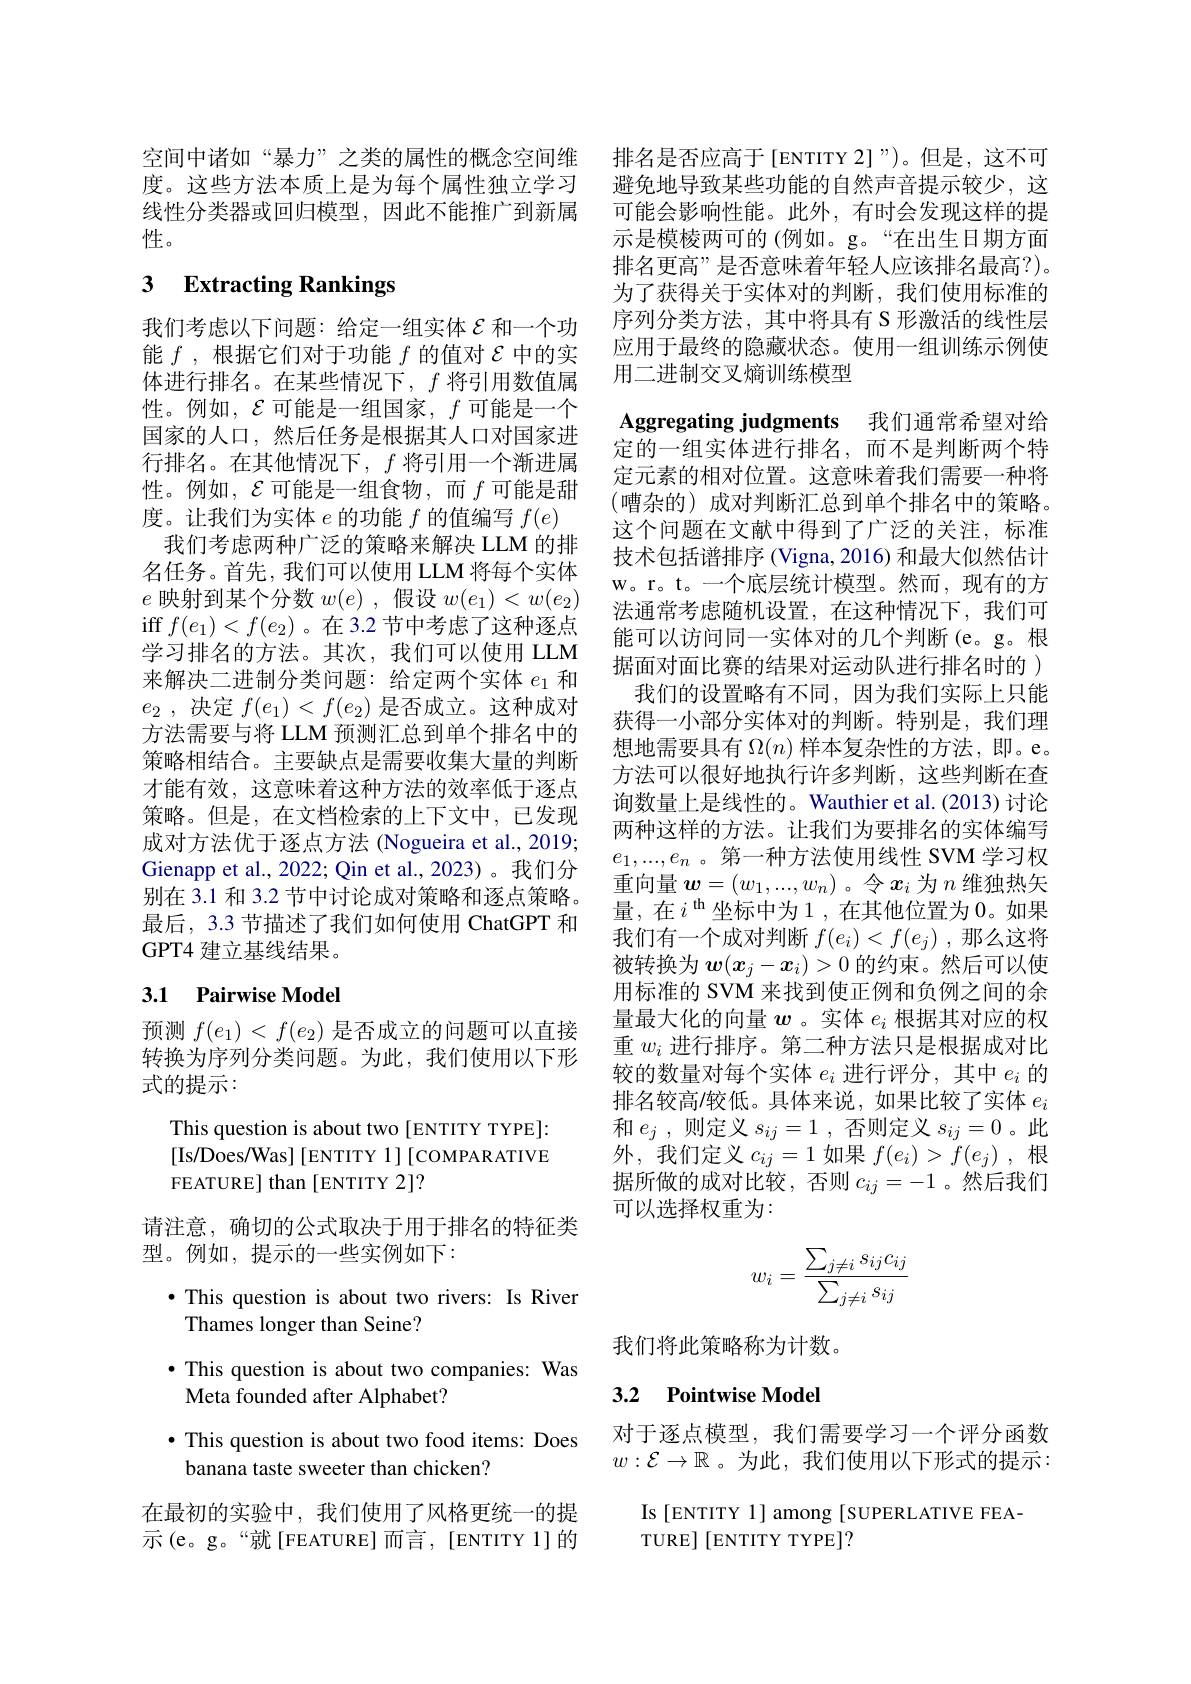
空间中诸如“暴力”之类的属性的概念空间维 排名是否应高于[ENTITY 2]”)。但是，这不可度。这些方法本质上是为每个属性独立学习 避免地导致某些功能的自然声音提示较少，这线性分类器或回归模型，因此不能推广到新属 可能会影响性能。此外，有时会发现这样的提性。

# 3 Extracting Rankings

我们考虑以下问题：给定一组实体$\varepsilon$和一个功能$f$ ,根据它们对于功能$f$的值对$\mathcal{E}$中的实体进行排名。在某些情况下，$f$将引用数值属性。例如，$\mathcal{E}$可能是一组国家，$f$可能是一个国家的人口，然后任务是根据其人口对国家进行排名。在其他情况下，$f$将引用一个渐进属性。例如，$\mathcal{E}$可能是一组食物，而$f$ 可能是甜度。让我们为实体$e$的功能$f$的值编写$f(e)$ 我们考虑两种广泛的策略来解决 LLM 的排名任务。首先，我们可以使用 LLM 将每个实体$e$映射到某个分数$w(e)$,假设$w(e_1)<w(e_2)$ iff $f(e_1)<f(e_2)$ 。在 3.2 节中考虑了这种逐点学习排名的方法。其次，我们可以使用 LLM 来解决二进制分类问题：给定两个实体$e_1$和$e_2$ , 决定 $f( e_1)$ < $f( e_2)$ 是否成立。这种成对方法需要与将 LLM 预测汇总到单个排名中的策略相结合。主要缺点是需要收集大量的判断才能有效，这意味着这种方法的效率低于逐点策略。但是，在文档检索的上下文中，已发现成对方法优于逐点方法 (Nogueira et al., 2019; Gienapp et al., 2022; Qin et al., 2023)。我们分别在 3.1 和 3.2 节中讨论成对策略和逐点策略。最后，3.3 节描述了我们如何使用 ChatGPT 和GPT4 建立基线结果。

## 3.1 Pairwise Model

预测$f(e_1)<f(e_2)$是否成立的问题可以直接转换为序列分类问题。为此，我们使用以下形式的提示：

This question is about two [ENTITY TYPE]: [Is/Does/Was] [ENTITY 1] [COMPARATIVE FEATURE] than[ENTITY 2]?
请注意，确切的公式取决于用于排名的特征类
型。例如，提示的一些实例如下：
$\bullet$ This question is about two rivers: Is River
Thames longer than Seine?
$\bullet$ This question is about two companies: Was
Meta founded after Alphabet?
$\bullet$ This question is about two food items: Does
banana taste sweeter than chicken?

在最初的实验中，我们使用了风格更统一的提示(e。g。“就[FEATURE]而言，[ENTITY1]的

示是模棱两可的 (例如。g。“在出生日期方面排名更高”是否意味着年轻人应该排名最高？)。为了获得关于实体对的判断，我们使用标准的序列分类方法，其中将具有 S 形激活的线性层应用于最终的隐藏状态。使用一组训练示例使用二进制交叉熵训练模型

Aggregating judgments 我们通常希望对给

定的一组实体进行排名，而不是判断两个特定元素的相对位置。这意味着我们需要一种将(嘈杂的)成对判断汇总到单个排名中的策略。这个问题在文献中得到了广泛的关注，标准技术包括谱排序 (Vigna, 2016) 和最大似然估计W。r。t。一 个 底 层 统 计 模 型 。然 而 , 现 有 的 方 法通常考虑随机设置，在这种情况下，我们可能可以访问同一实体对的几个判断(e。g。根据面对面比赛的结果对运动队进行排名时的 )
我们的设置略有不同，因为我们实际上只能获得一小部分实体对的判断。特别是，我们理想地需要具有$\Omega(n)$样本复杂性的方法，即。e。方法可以很好地执行许多判断，这些判断在查询数量上是线性的。Wauthier et al.(2013) 讨论两种这样的方法。让我们为要排名的实体编写$e_1,...,e_n$ 。第一种方法使用线性 SVM 学习权重向量$w=(w_1,...,w_n)$ 。令$x_i$为$n$维独热矢量，在$i^\mathrm{th}$坐标中为1，在其他位置为0。如果我们有一个成对判断$f(e_i)<f(e_j)$ ,那么这将被转换为$w(x_j-x_i)>0$的约束。然后可以使用标准的 SVM 来找到使正例和负例之间的余量最大化的向量$w$ 。实体$e_i$根据其对应的权重$w_i$进行排序。第二种方法只是根据成对比较的数量对每个实体$e_i$进行评分，其中$e_i$的排名较高/较低。具体来说，如果比较了实体$e_i$ 和$e_j$ ,则定义$s_ij= 1$ ,否则定义$s_ij=0$ 。此外，我们定义$c_ij=1$如果$f(e_i)>f(e_j)$ ,根据所做的成对比较，否则$c_ij=-1$。然后我们可以选择权重为：
$$w_i=\frac{\sum_{j\neq i}s_{ij}c_{ij}}{\sum_{j\neq i}s_{ij}}$$
我们将此策略称为计数。

## 3.2 Pointwise Model

对于逐点模型，我们需要学习一个评分函数$w:\mathcal{E}\to\mathbb{R}$ 。为此，我们使用以下形式的提示：

Is [ENTITY 1] among [SUPERLATIVE FEA-
TURE][ENTITYTYYPE]?